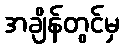
အချိန်တွင်မှ